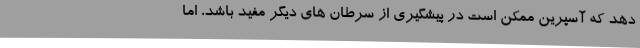
دهد که آسپرین ممکن است در پیشگیری از سرطان های دیگر مفید باشد، اما